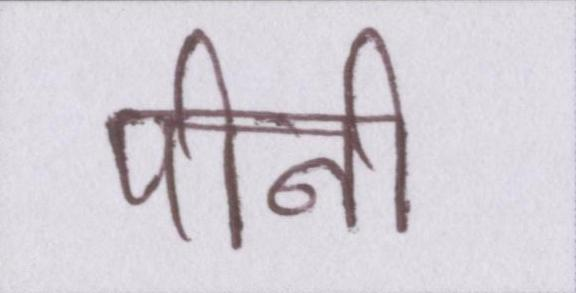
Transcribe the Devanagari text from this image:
पीनी